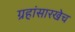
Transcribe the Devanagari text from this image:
ग्रहांसारखेच